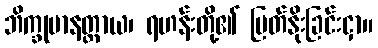
ဘိက္ခုမာနတ္တာယ၊ ရဟန်းတို့၏ မြတ်နိုးခြင်းငှာ။